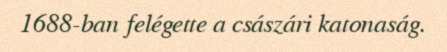
1688-ban felégette a császári katonaság.